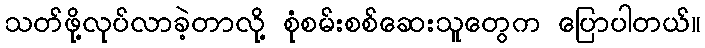
သတ်ဖို့လုပ်လာခဲ့တာလို့ စုံစမ်းစစ်ဆေးသူတွေက ပြောပါတယ်။